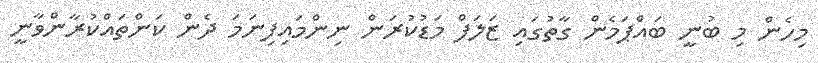
މިހެން މި ބުނީ ބައްޕަމެން ގާތުގައި ޒަލަފް މަޑުކުރަން ނިންމައިފިނަމަ ދެން ކަންތައްކުރާންވާނީ